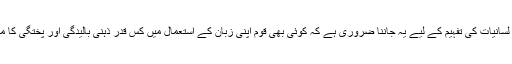
یاد رکھنا چاہیے لسانیات کی تفہیم کے لیے یہ جاننا ضروری ہے کہ کوئی بھی قوم اپنی زبان کے استعمال میں کس قدر ذہنی بالیدگی اور پختگی کا مظاہرہ کرتی ہے۔